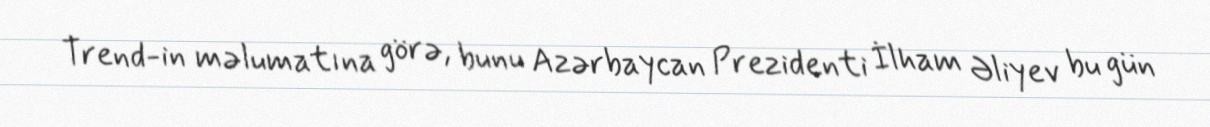
Trend-in məlumatına görə, bunu Azərbaycan Prezidenti İlham Əliyev bu gün